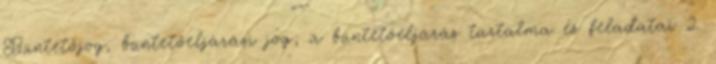
Büntetőjog, büntetőeljárási jog; a büntetőeljárás tartalma és feladatai 2.